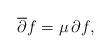
LaTeX: \begin{align*}\overline{\partial}f = \mu \, \partial f ,\end{align*}